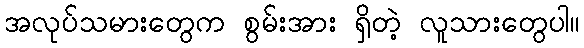
အလုပ်သမားတွေက စွမ်းအား ရှိတဲ့ လူသားတွေပါ။